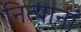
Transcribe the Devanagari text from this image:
नित्यानां